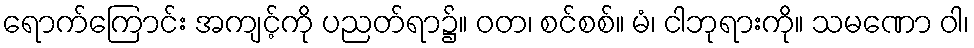
ရောက်ကြောင်း အကျင့်ကို ပညတ်ရာ၌။ ဝတ၊ စင်စစ်။ မံ၊ ငါဘုရားကို။ သမဏော ဝါ၊